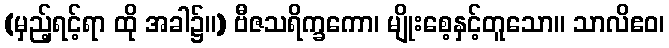
(မှည့်ရင့်ရာ ထို အခါ၌။) ဗီဇသရိက္ခကော၊ မျိုးစေ့နှင့်တူသော။ သာလိဧဝ၊